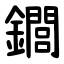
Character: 䥨